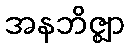
အနဘိဇ္ဈာ